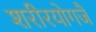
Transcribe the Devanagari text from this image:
शरीरयोगजै